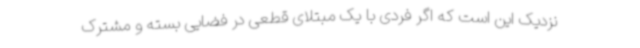
نزدیک این است که اگر فردی با یک مبتلای قطعی در فضایی بسته و مشترک